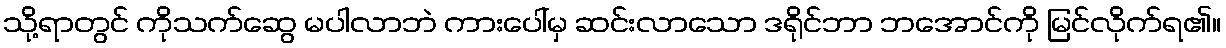
သို့ရာတွင် ကိုသက်ဆွေ မပါလာဘဲ ကားပေါ်မှ ဆင်းလာသော ဒရိုင်ဘာ ဘအောင်ကို မြင်လိုက်ရ၏။